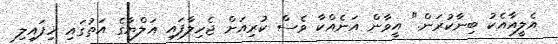
އެލީއާއެކު ބިނާކުރަން." އީވާން އަނެއްކާ ވެސް ކުރިއަށް ޖެހިލާފައި އަލްޔާގެ އަތުގައި ހިފައިލި